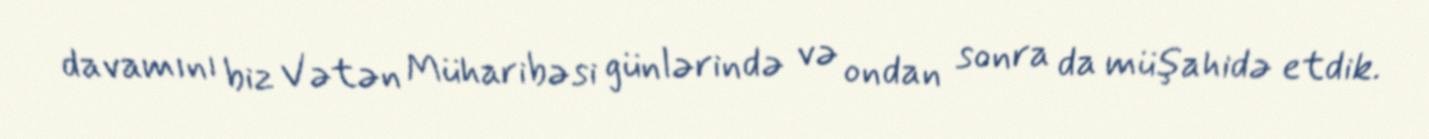
davamını biz Vətən Müharibəsi günlərində və ondan sonra da müşahidə etdik.